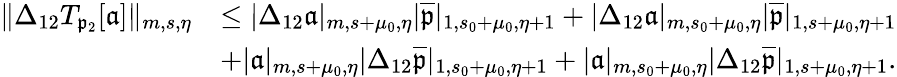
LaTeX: \begin{array}{rl}{\rVert\Delta_{12}T_{\mathfrak{p}_{2}}[\mathfrak{a}]\rVert_{m,s,\eta}}&{\le|\Delta_{12}\mathfrak{a}|_{m,s+\mu_{0},\eta}|\overline{{\mathfrak{p}}}|_{1,s_{0}+\mu_{0},\eta+1}+|\Delta_{12}\mathfrak{a}|_{m,s_{0}+\mu_{0},\eta}|\overline{{\mathfrak{p}}}|_{1,s+\mu_{0},\eta+1}}\\ &{+|\mathfrak{a}|_{m,s+\mu_{0},\eta}|\Delta_{12}\overline{{\mathfrak{p}}}|_{1,s_{0}+\mu_{0},\eta+1}+|\mathfrak{a}|_{m,s_{0}+\mu_{0},\eta}|\Delta_{12}\overline{{\mathfrak{p}}}|_{1,s+\mu_{0},\eta+1}.}\end{array}